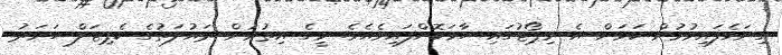
ގިނަވެފައިވުމުން ކަމަށް އެ ރިޕޯޓުގައި ހާމަކޮށްފައިވެއެވެ. މީގެ އިތުރުން ދައުލަތުގެ ކެޕިޓަލް ހަރަދު